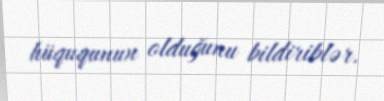
hüququnun olduğunu bildiriblər.